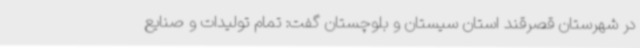
در شهرستان قصرقند استان سیستان و بلوچستان گفت: تمام تولیدات و صنایع